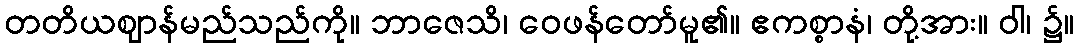
တတိယဈာန်မည်သည်ကို။ ဘာဇေသိ၊ ဝေဖန်တော်မူ၏။ ဧကစ္စာနံ၊ တို့အား။ ဝါ၊ ၌။